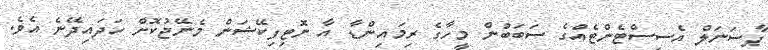
ޕާސަނަލް އެސިސްޓެންޓެއްގެ ސަބަބުން މީހާގެ ރިމައިންޑާ އާ ނޮޓިފިކޭޝަން މެނޭޖުކޮށް ހަދައިދޭނެ އެވެ.